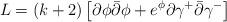
LaTeX: \begin{align*}L =\left( k+2\right) \left[ \partial \phi \bar{\partial}\phi + e^{\phi}\partial \gamma ^{+}\bar{\partial}\gamma ^{-} \right]\end{align*}